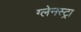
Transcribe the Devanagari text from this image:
ग्लेनस्ट्रा